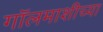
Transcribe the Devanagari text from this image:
गॉलमाशीच्या